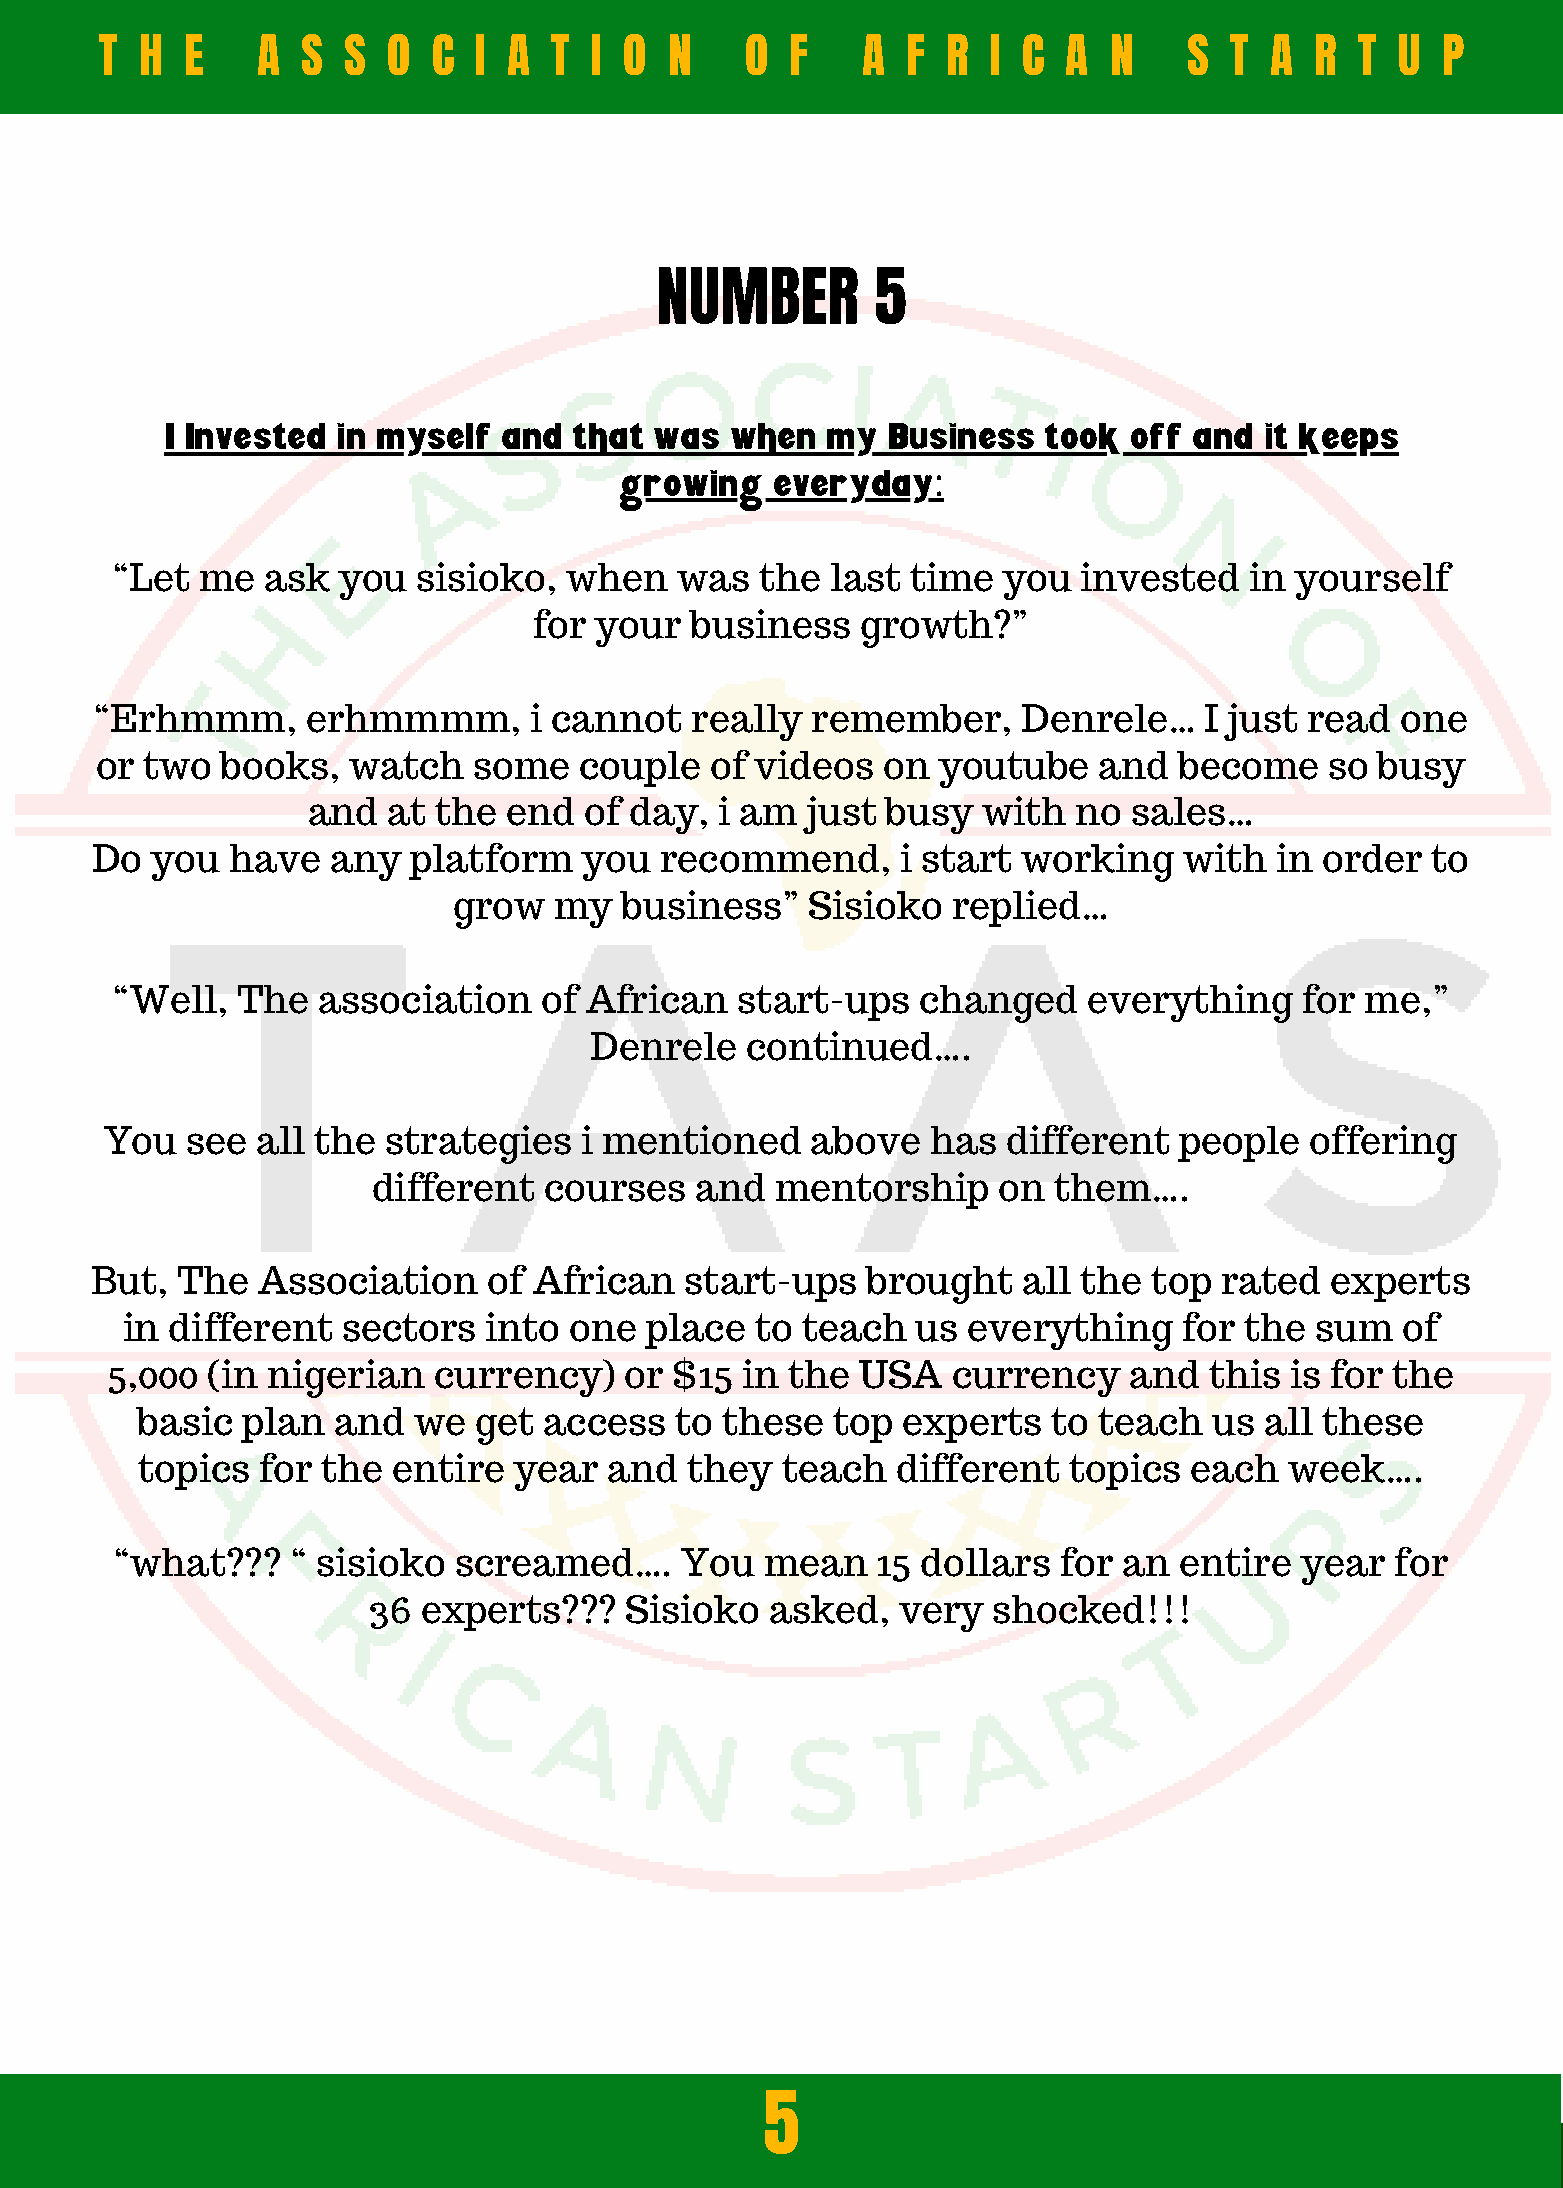
T H  E    A  S  S  O  C I  A  T I O  N    O  F    A  F  R  I C  A N     S T  A  R  T  U P
 NUMBER         5
 I Invested in myself  and  that was  when   my  Business  took  off and  it keeps
 growing   everyday:
 “Let  me   ask you   sisioko,  when   was  the  last time  you   invested   in yourself
 for your   business   growth?”
 “Erhmmm,      erhmmmm,       i cannot   really  remember,     Denrele…    I just read  one
 or  two  books,  watch   some   couple   of videos   on youtube    and  become    so busy
 and   at the  end  of day,  i am just  busy  with  no  sales…
 Do  you  have   any  platform    you  recommend,      i start working   with   in order  to
 grow   my  business”    Sisioko  replied…
 “Well,   The  association    of African   start-ups   changed    everything    for me,”
 Denrele   continued….
 You  see  all the  strategies   i mentioned    above   has  different  people   offering
 different  courses   and  mentorship     on  them….
 But,  The  Association    of African   start-ups   brought    all the top  rated  experts
 in different   sectors  into  one  place  to teach   us everything    for the  sum   of
 5,000  (in nigerian   currency)   or  $15 in the  USA   currency    and  this is for the
 basic  plan  and  we  get  access   to these  top  experts   to teach  us  all these
 topics  for the  entire  year  and   they  teach  different   topics  each  week….
 “what???    “ sisioko  screamed….     You   mean   15 dollars  for an  entire  year  for
 36  experts???   Sisioko   asked,   very  shocked!!!
 5